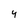
Character: 4